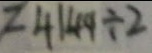
2 4 1 4 4 \div 2